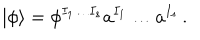
| \phi \rangle = \phi ^ { I _ { 1 } \ldots I _ { s } } a ^ { I _ { 1 } } \ldots a ^ { I _ { s } } \, .